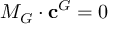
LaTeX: M _ { G } \cdot \mathbf { c } ^ { G } = 0